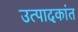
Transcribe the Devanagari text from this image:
उत्पादकांत